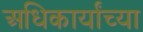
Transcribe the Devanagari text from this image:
अधिकार्यांच्या